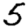
Digit: 5